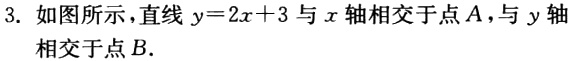
3. 如图所示，直线\(y = 2x + 3\)与\(x\)轴相交于点\(A\)，与\(y\)轴相交于点\(B\)．